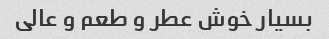
بسیار خوش عطر و طعم و عالی